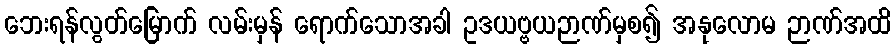
ဘေးရန်လွတ်မြောက် လမ်းမှန် ရောက်သောအခါ ဥဒယဗ္ဗယဉာဏ်မှစ၍ အနုလောမ ဉာဏ်အထိ